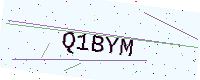
Text: Q1BYM